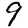
Digit: 9